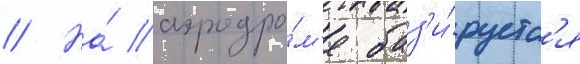
// На́ аэродро́м'е баз'и́руетс'я